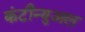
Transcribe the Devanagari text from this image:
कंटीन्युअल